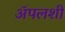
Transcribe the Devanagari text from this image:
अॅपलशी